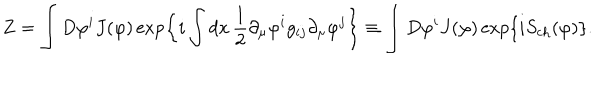
Z = \int D \varphi ^ { i } J ( \varphi ) \exp \left\{ i \int d x \, \frac { 1 } { 2 } \partial _ { \mu } \varphi ^ { i } g _ { i j } \partial _ { \mu } \varphi ^ { j } \right\} \equiv \int D \varphi ^ { i } J ( \varphi ) \exp \left\{ i S _ { \mathrm { c h } } ( \varphi ) \right\} .